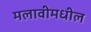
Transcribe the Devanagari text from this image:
मलावीमधील